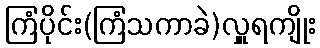
ကြံပိုင်း(ကြံသကာခဲ)လှူရကျိုး